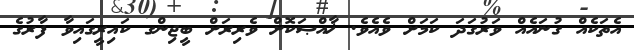
އެތަކެއް ގުނައެއް ވަރުގަދަ ކަމަށް ވެއެވެ. ޚާއްޞަކޮށް ވެރިރަށް ބީޖިންގ ކައިރީގައިވާ ފާރުގެ